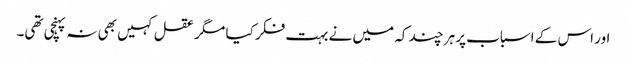
اور اس کے اسباب پر ہر چند کہ میں نے بہت فکر کیا مگر عقل کہیں بھی نہ پہنچی تھی۔